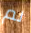
لم